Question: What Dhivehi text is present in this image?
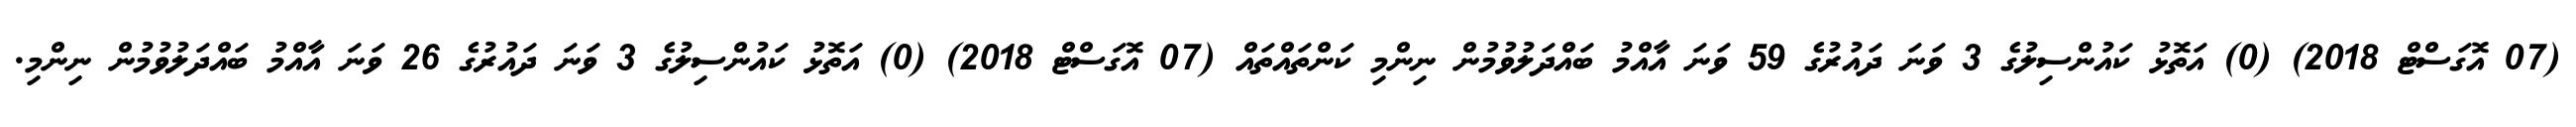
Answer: (07 އޮގަސްޓް 2018) (0) އަތޮޅު ކައުންސިލުގެ 3 ވަނަ ދައުރުގެ 59 ވަނަ އާއްމު ބައްދަލުވުމުން ނިންމި ކަންތައްތައް (07 އޮގަސްޓް 2018) (0) އަތޮޅު ކައުންސިލުގެ 3 ވަނަ ދައުރުގެ 26 ވަނަ އާއްމު ބައްދަލުވުމުން ނިންމި.